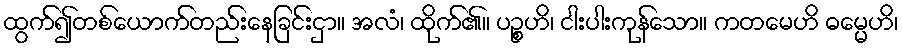
ထွက်၍တစ်ယောက်တည်းနေခြင်းငှာ။ အလံ၊ ထိုက်၏။ ပဉ္စဟိ၊ ငါးပါးကုန်သော။ ကတမေဟိ ဓမ္မေဟိ၊